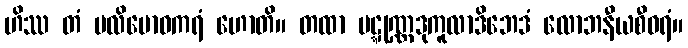
ဟိဿ တံ ပလိဗောဓကရံ ဟောတိ။ တထာ ပဋ္ဋုဏ္ဏဒုကူလာဒိဘေဒံ လောဘနီယစီဝရံ။